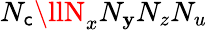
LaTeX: N_{\mathsf{c}}\llN_{x}N_{\mathbf{y}}N_{z}N_{u}